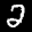
Label: 2